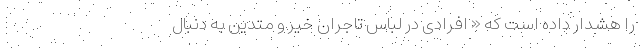
را هشدار داده است که « افرادی در لباس تاجران خیّر و متدیّن به دنبال